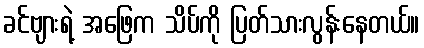
ခင်ဗျားရဲ့ အဖြေက သိပ်ကို ပြတ်သားလွန်းနေတယ်။